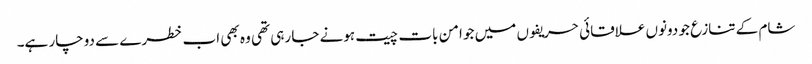
شام کے تنازع جو دونوں علاقائی حریفوں میں جو امن بات چیت ہونے جا رہی تھی وہ بھی اب خطرے سے دوچار ہے۔